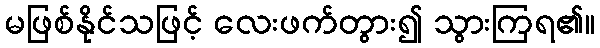
မဖြစ်နိုင်သဖြင့် လေးဖက်တွား၍ သွားကြရ၏။